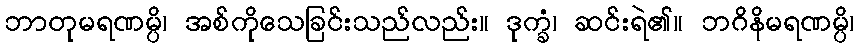
ဘာတုမရဏမ္ပိ၊ အစ်ကိုသေခြင်းသည်လည်း။ ဒုက္ခံ၊ ဆင်းရဲ၏။ ဘဂိနိမရဏမ္ပိ၊